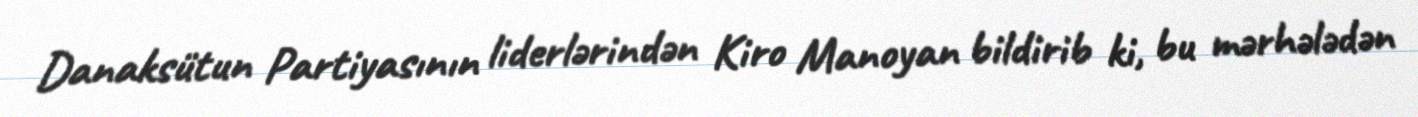
Danaksütun Partiyasının liderlərindən Kiro Manoyan bildirib ki, bu mərhələdən